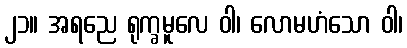
၂၁။ အရညေ ရုက္ခမူလေ ဝါ၊ လောမဟံသော ဝါ၊